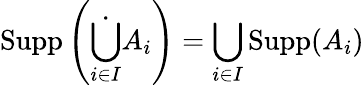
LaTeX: \operatorname{Supp}\left({\dot{\bigcup_{i\in{I}}}}A_{i}\right)=\bigcup_{i\in{I}}\operatorname{Supp}(A_{i})